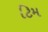
ટિમ